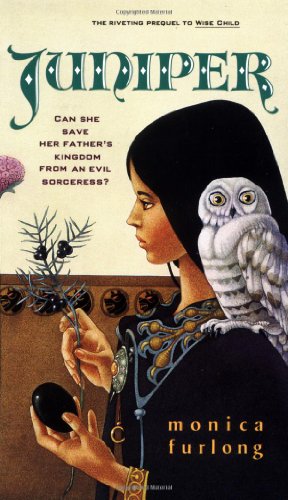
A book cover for Juniper; Monica Furlong; Children's Books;